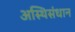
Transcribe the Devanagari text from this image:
अस्थिसंधान